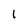
Character: 1